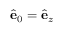
\hat { \mathbf { e } } _ { 0 } = \hat { \mathbf { e } } _ { z }